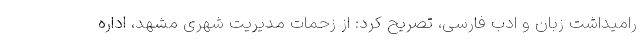
رامیداشت زبان و ادب فارسی، تصریح کرد: از زحمات مدیریت شهری مشهد، اداره